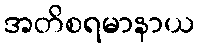
အတိစရမာနာယ